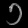
Digit: ၁